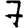
Digit: 7